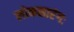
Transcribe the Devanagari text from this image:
लोकसारंगः